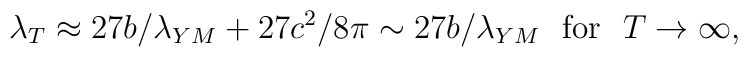
\lambda_T\approx 27b/\lambda_{YM}+27c^2/8\pi\sim27b/\lambda_{YM}~~{\rm for}~~T\rightarrow\infty,